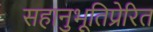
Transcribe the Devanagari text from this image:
सहानुभूतिप्रेरित